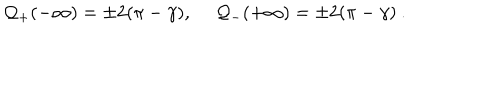
{ \cal Q } _ { + } ( - \infty ) = \pm 2 ( \pi - \gamma ) , \quad \: { \cal Q } _ { - } ( + \infty ) = \pm 2 ( \pi - \gamma ) \: .